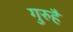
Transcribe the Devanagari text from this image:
गुरुहै